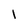
Character: l